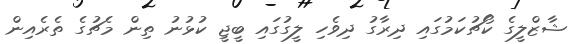
ޝާޒްލީގެ ކޯޗުކަމުގައި ދިރާގު ދިވެހި ލީގުގައި ބީޖީ ކުޅުނު ތިން މެޗުގެ ތެރެއިން